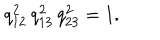
\smash { q _ { 1 2 } ^ { 2 } \, q _ { 1 3 } ^ { 2 } \, q _ { 2 3 } ^ { 2 } } = 1 .